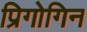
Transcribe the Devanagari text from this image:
प्रिगोगिन